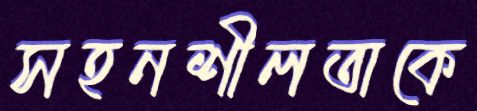
সহনশীলতাকে